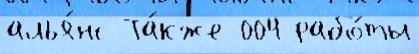
алья́нс Та́кже 004 рабо́ты